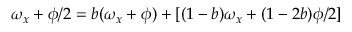
\omega _ { x } + \phi / 2 = b ( \omega _ { x } + \phi ) + [ ( 1 - b ) \omega _ { x } + ( 1 - 2 b ) \phi / 2 ]